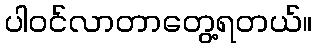
ပါဝင်လာတာတွေ့ရတယ်။